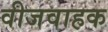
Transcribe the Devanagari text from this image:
वीजवाहक